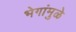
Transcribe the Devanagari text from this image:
भेगांमुळे